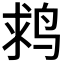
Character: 𪉌